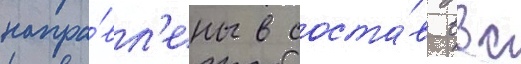
напра́вл'ены в соста́в ввс